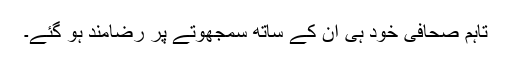
تاہم صحافی خود ہی ان کے ساتھ سمجھوتے پر رضامند ہو گئے۔